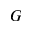
G